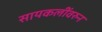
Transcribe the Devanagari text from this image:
सायकलींवरुन